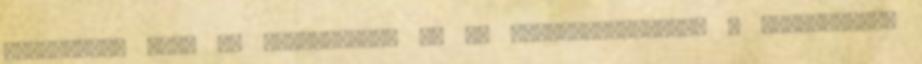
Mindaddig, amíg az autóiparban és az űrtechnológiában a palládiumot